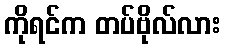
ကိုရင်က တပ်ဗိုလ်လား